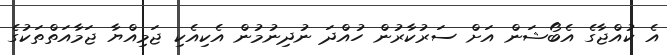
އެ ކުއްޖާގެ އެބޯޝަން އަށް ސަރުކާރުން ހުއްދަ ނުދިނުމުން އެކިއެކި ޖަމިއްޔާ ޖަމާއަތްތަކުގެ